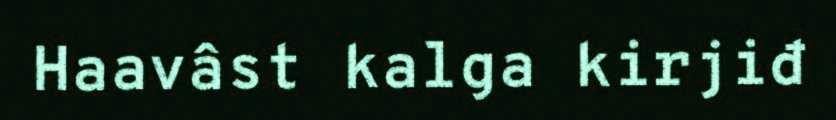
Haavâst kalga kirjiđ